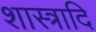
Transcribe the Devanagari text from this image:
शास्त्रादि